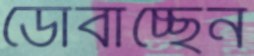
ডোবাচ্ছেন